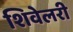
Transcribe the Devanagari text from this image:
शिवेलरी